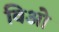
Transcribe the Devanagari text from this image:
विओ